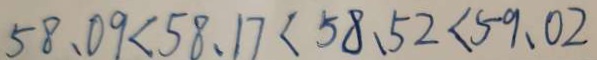
5 8 . 0 9 < 5 8 . 1 7 < 5 8 . 5 2 < 5 9 . 0 2